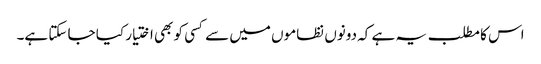
اس کا مطلب یہ ہے کہ دونوں نظاموں میں سے کسی کو بھی اختیار کیا جا سکتا ہے۔